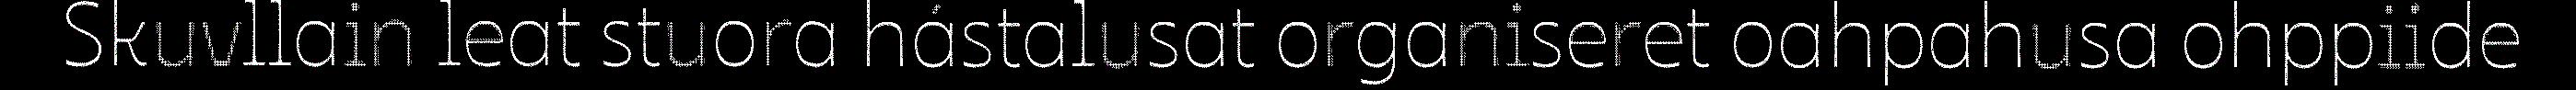
Skuvllain leat stuora hástalusat organiseret oahpahusa ohppiide